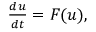
\begin{array} { r } { \frac { d u } { d t } = F ( u ) , } \end{array}